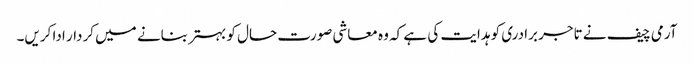
آرمی چیف نے تاجر برادری کو ہدایت کی ہے کہ وہ معاشی صورت حال کو بہتر بنانے میں کردار ادا کریں۔